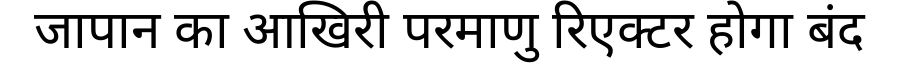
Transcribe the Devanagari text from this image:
जापान का आखिरी परमाणु रिएक्टर होगा बंद